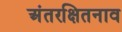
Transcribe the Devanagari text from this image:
अंतरक्षितनाव